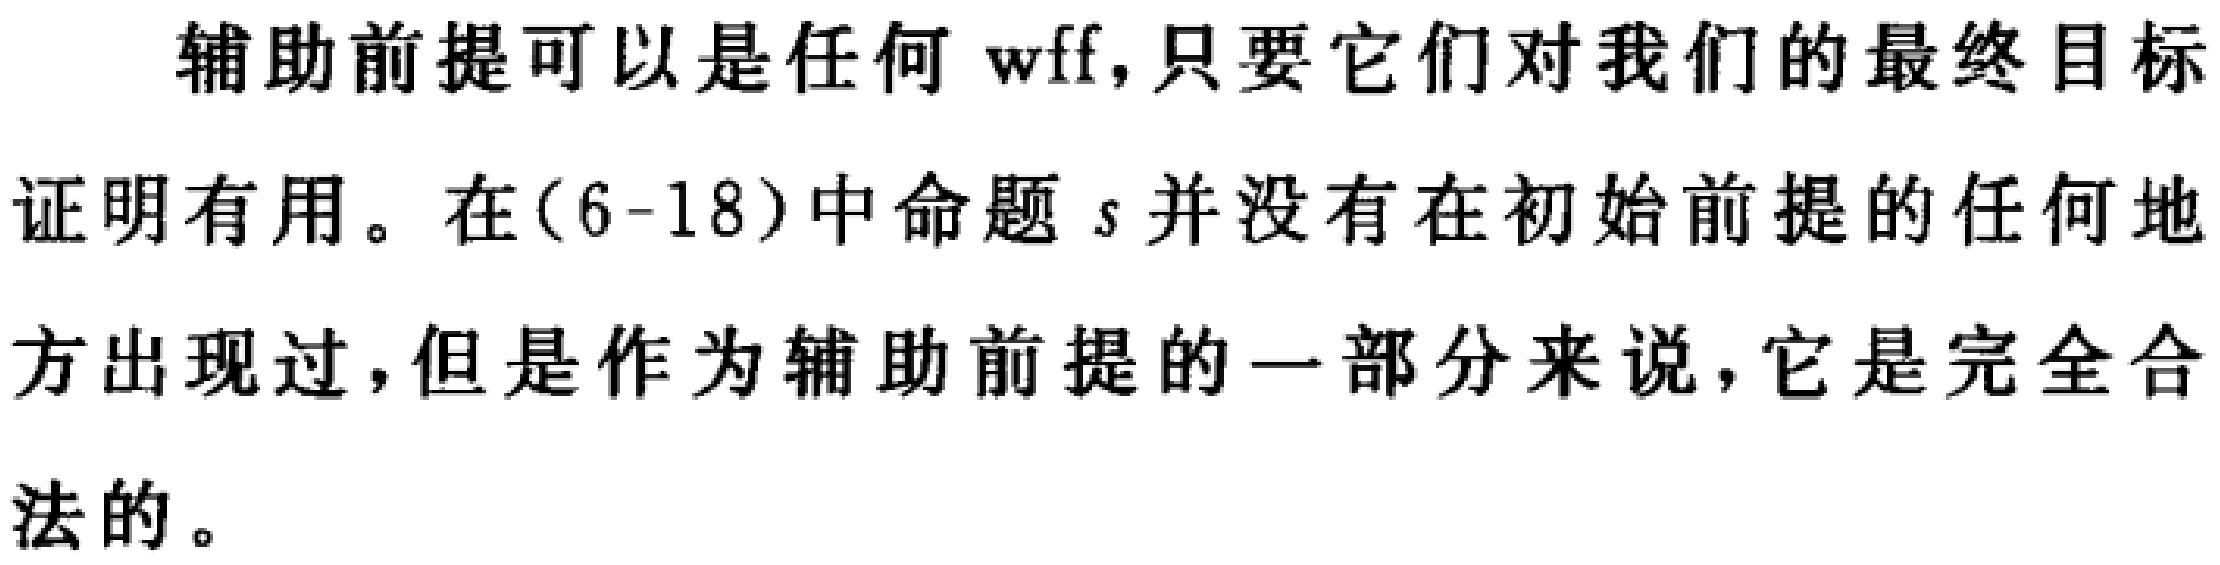
辅助前提可以是任何wff,只要它们对我们的最终目标证明有用。在(6-18)中命题\(s\)并没有在初始前提的任何地方出现过，但是作为辅助前提的一部分来说，它是完全合法的。